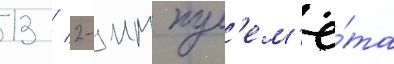
13 / 2-мм пул'ем'ё́та